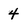
Character: 4